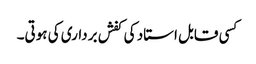
کسی قابل استاد کی کفش برداری کی ہوتی۔